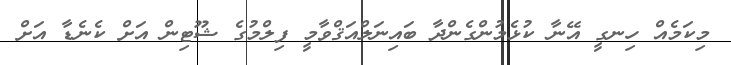
މިކަމެއް ހިނގީ އޭނާ ކުޅެމުންގެންދާ ބައިނަލްއަޤްވާމީ ފިލްމުގެ ޝޫޓިން އަށް ކެނެޑާ އަށް